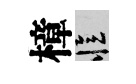
樟忆